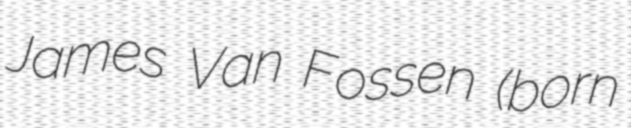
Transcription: James Van Fossen (born